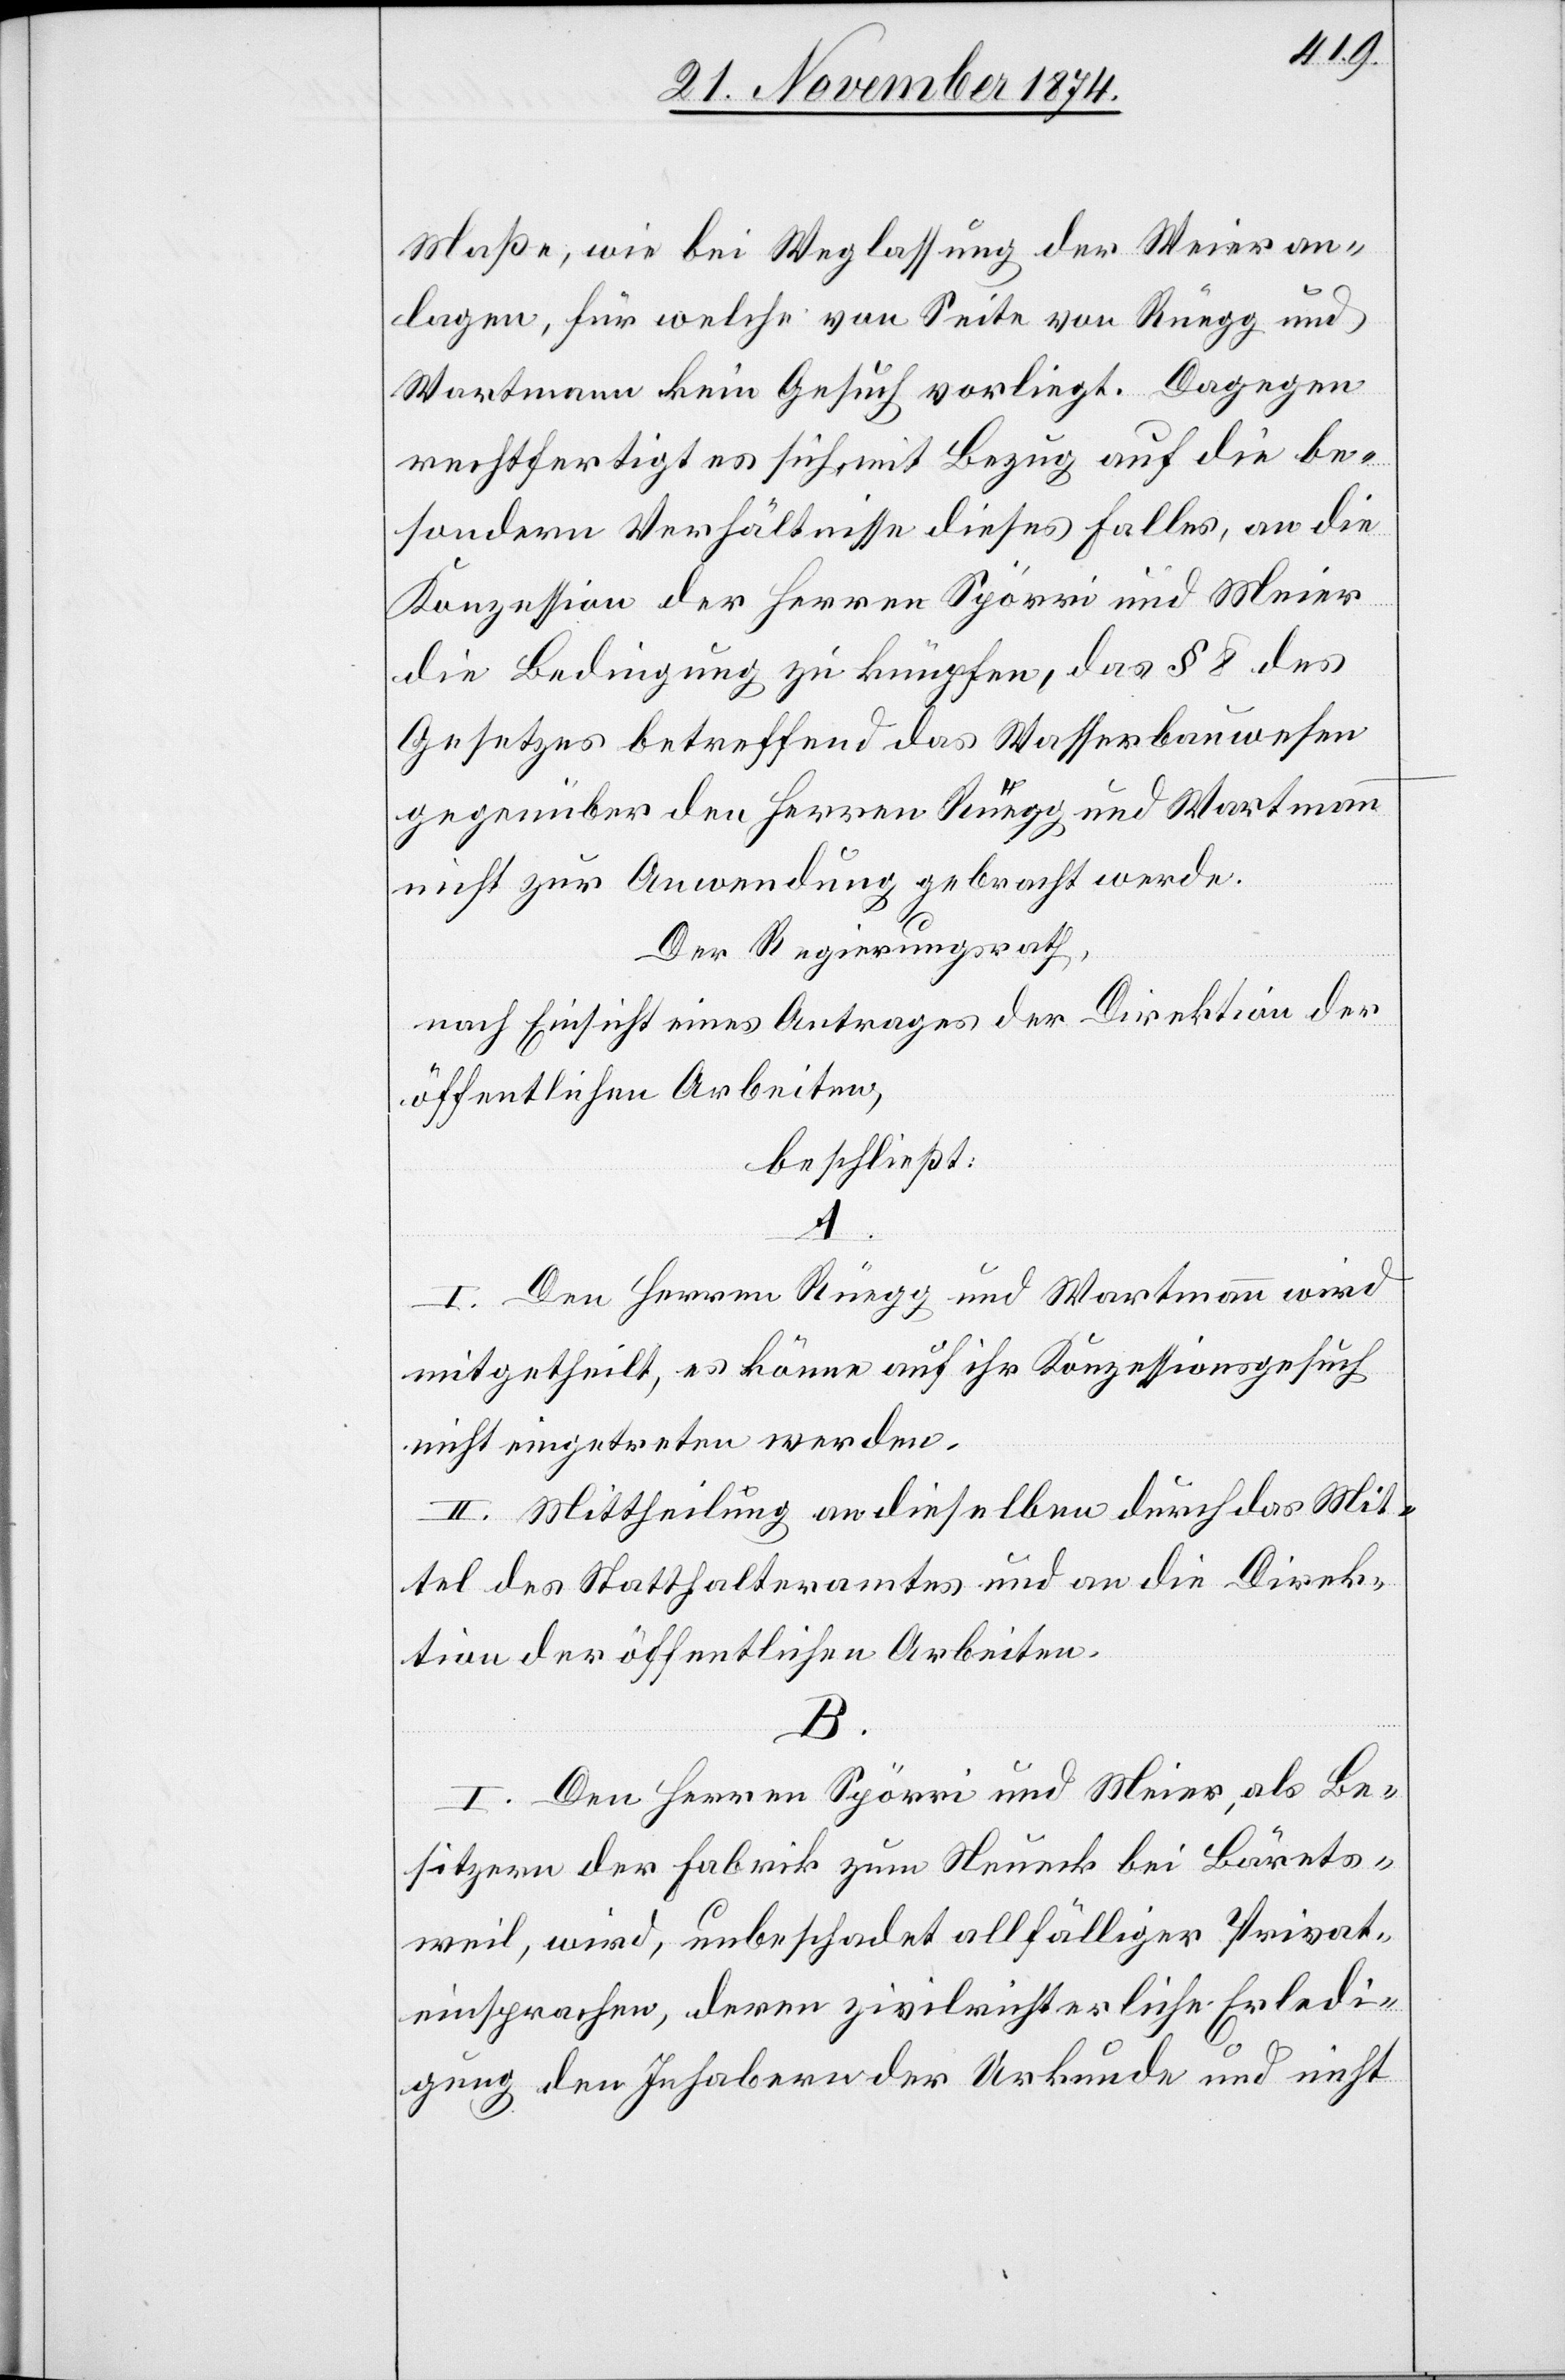
Maße, wie bei Weglassung der Weieran¬
lagen, für welche von Seite von Rüegg und
Wartmann kein Gesuch vorliegt. Dagegen
rechtfertigt es sich mit Bezug auf die be¬
sondern Verhältnisse dieses Falls, an die
Konzession der Herren Spörri und Meier
die Bedingung zu knüpfen, das § 8 des
Gesetzes betreffend das Wasserbauwesen
gegenüber den Herren Rüegg und Wartmann
nicht zur Anwendung gebracht werde.
Der Regierungsrath,
nach Einsicht eines Antrages der Direktion der
öffentlichen Arbeiten,
beschließt:
A.
I. Den Herren Rüegg und Wartmann wird
mitgetheilt, es könne auf ihr Konzessionsgesuch
nicht eingetreten werden.
II. Mittheilung an dieselben durch das Mit¬
tel des Statthalteramtes und an die Direk¬
tion der öffentlichen Arbeiten.
B.
I. Den Herren Spörri und Meier, als Be¬
sitzern der Fabrik zum Neueck bei Bärets¬
weil, wird, unbeschadet allfälliger Privat¬
einsprachen, deren zivilrichterliche Erledi¬
gung den Inhabern der Urkunde und nicht